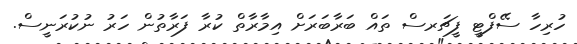
ހުރިހާ ސޭފްޓީ ފީޗަރސް ތައް ބަރާބަރަށް އިމާރާތް ކުރާ ފަރާތުން ހަރު ނުކުރަނީސް.